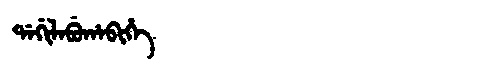
Manchu: ᡩᠠᡤᡳᠯᠠᠪᡠᡥᠠᠪᡳᡥᡝ
Romanization: DAGILABUHABIHE